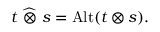
t ~ { \widehat { \otimes } } ~ s = \operatorname { A l t } ( t \otimes s ) .